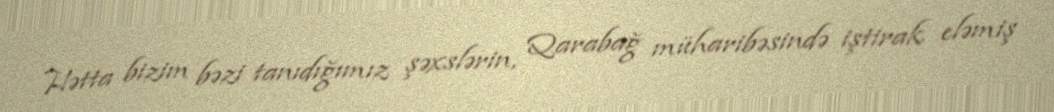
Hətta bizim bəzi tanıdığımız şəxslərin, Qarabağ müharibəsində iştirak eləmiş